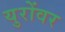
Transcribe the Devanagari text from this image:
युरोंवर